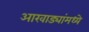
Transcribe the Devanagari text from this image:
आखाड्यांमध्ये